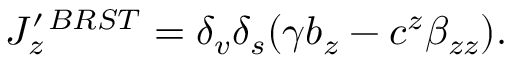
J _ { z } ^ { \prime \, B R S T } = \delta _ { v } \delta _ { s } ( \gamma b _ { z } - c ^ { z } \beta _ { z z } ) .